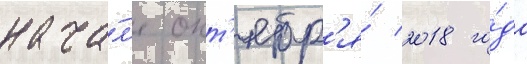
нача́л'е окт'ябр'я́ 2018 го́да